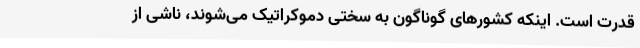
قدرت است. اینکه کشورهای گوناگون به سختی دموکراتیک می‌شوند، ناشی از